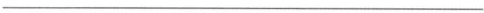
___